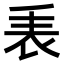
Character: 𧘰